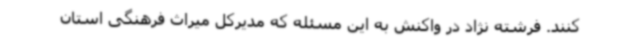
‌کنند. فرشته نژاد در واکنش به این مسئله که مدیرکل میراث فرهنگی استان